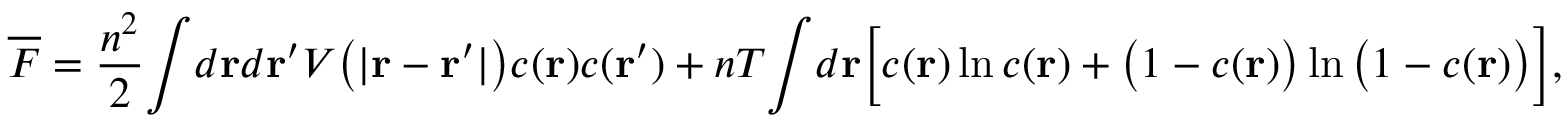
\begin{array} { l } { \displaystyle { \overline { { F } } = \frac { n ^ { 2 } } { 2 } \! \int \! d { \bf r } d { \bf r } ^ { \prime } V \big ( | { \bf r } - { \bf r } ^ { \prime } | \big ) c ( { \bf r } ) c ( { \bf r } ^ { \prime } ) + n T \! \int \! d { \bf r } \Big [ c ( { \bf r } ) \ln c ( { \bf r } ) + \big ( 1 - c ( { \bf r } ) \big ) \ln \big ( 1 - c ( { \bf r } ) \big ) \Big ] , } } \end{array}